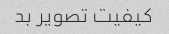
کیفیت تصویر بد